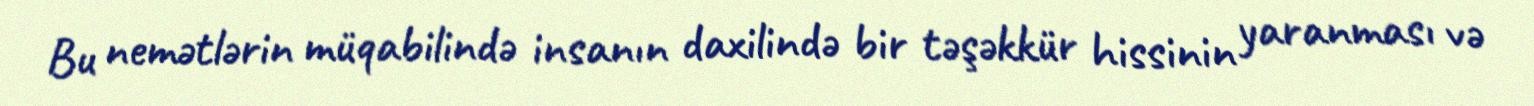
Bu nemətlərin müqabilində insanın daxilində bir təşəkkür hissinin yaranması və